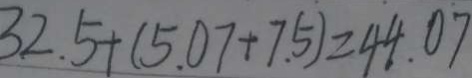
3 2 . 5 + ( 5 . 0 7 + 7 . 5 ) = 4 4 . 0 7